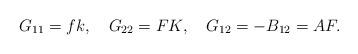
LaTeX: \begin{align*}G_{11}=fk, \ \ \ G_{22}=FK, \ \ \ G_{12}=-B_{12}= AF.\end{align*}